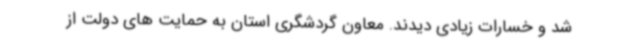
شد و خسارات زیادی دیدند. معاون گردشگری استان به حمایت های دولت از